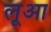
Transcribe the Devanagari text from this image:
लूआ